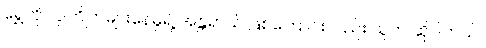
ရွှေကို လူကြိုက်များနေမှုရဲ့ အန္တရာယ် ဖြစ်ကြောင်းလည်း သူက ဆိုပါတယ်။